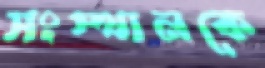
সংস্থানকে